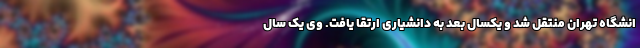
انشگاه تهران منتقل شد و یکسال بعد به دانشیاری ارتقا یافت. وی یک سال